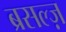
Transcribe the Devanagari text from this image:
ब्रसल्ज़